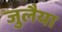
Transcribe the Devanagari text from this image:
जुलैया